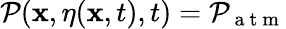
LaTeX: \mathcal{P}(\mathbf{{x}},\eta(\mathbf{{x}},t),t)=\mathcal{P}_{\mathrm{{~a~t~m~}}}